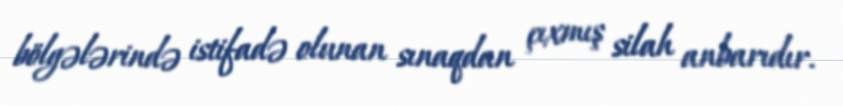
bölgələrində istifadə olunan sınaqdan çıxmış silah anbarıdır.